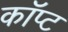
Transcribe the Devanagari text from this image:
कॉप्ट